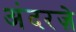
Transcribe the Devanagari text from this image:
अंदरज़े